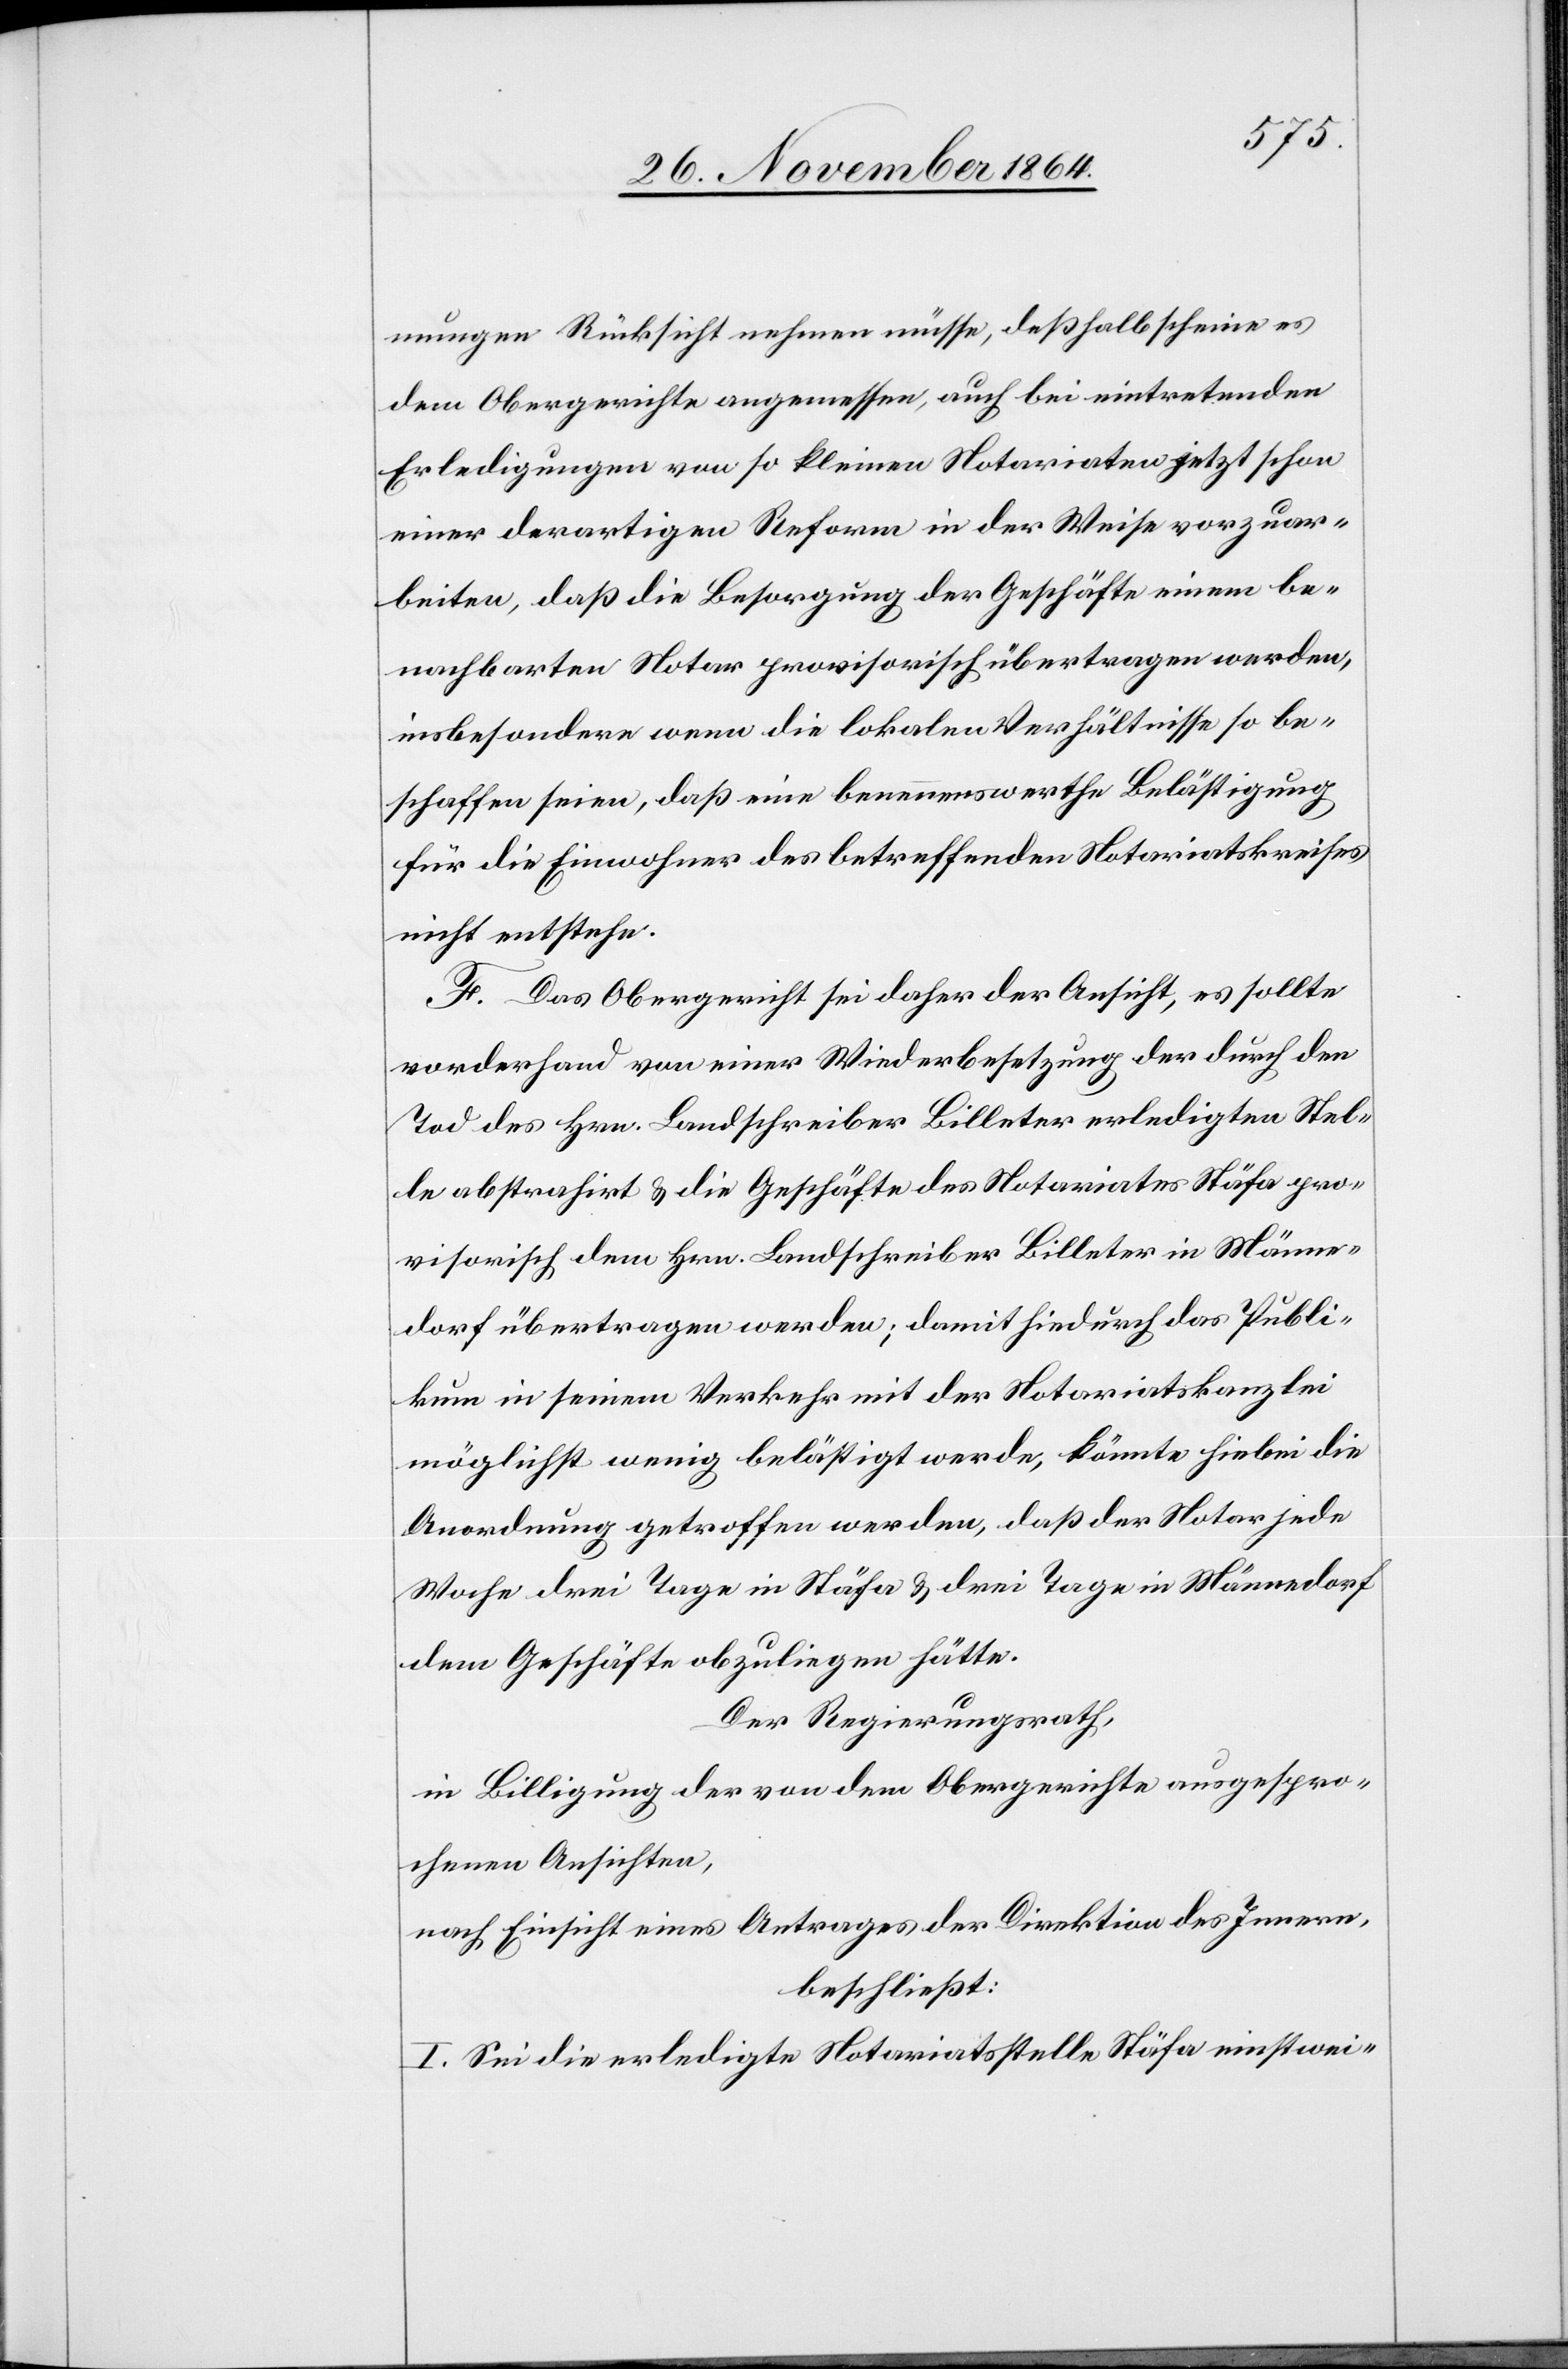
mungen Rücksicht nehmen müsse, deßhalb scheine es
dem Obergerichte angemessen, auch bei eintretenden
Erledigungen von so kleinen Notariaten jetzt schon
einer derartigen Reform in der Weise vorzuar¬
beiten, daß die Besorgung der Geschäfte einem be¬
nachbarten Notar provisorisch übertragen werden
insbesondere wenn die lokalen Verhältnisse so be¬
schaffen seien, daß eine benennenswerthe Belästigung
für die Einwohner des bestreffenden Notariatskreises
nicht entstehe.
F. Das Obergericht sei daher der Ansicht, es sollte
vorderhand von einer Wiederbesetzung der durch den
Tod des Hrn. Landschreiber Billeter erledigten Stel¬
le abstrahirt & die Geschäfte des Notariates Stäfa pro¬
visorisch dem Hrn. Landschreiber Billeter in Männe¬
dorf übertragen werden; damit hiedurch das Publi¬
kum in seinem Verkehr mit der Notariatskanzlei
möglichst wenig belästigt werde, könnte hiebei die
Anordnung getroffen werden, daß der Notar jede
Woche drei Tage in Stäfa & drei Tage in Männedorf
dem Geschäfte obzuliegen hätte.
Der Regierungsrath,
in Billigung der von dem Obergerichte ausgespro¬
chenen Ansichten,
nach Einsicht eines Antrages der Direktion des Innern,
beschließt:
I. Sei die erledigte Notariatsstelle Stäfa einstwei-